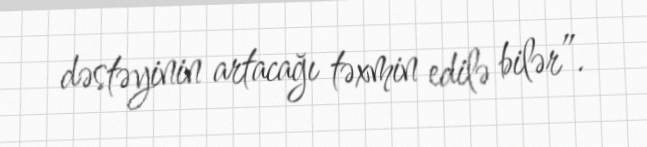
dəstəyinin artacağı təxmin edilə bilər”.